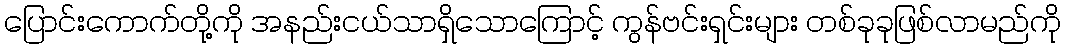
ပြောင်းကောက်တို့ကို အနည်းငယ်သာရှိသောကြောင့် ကွန်ဗင်းရှင်းများ တစ်ခုခုဖြစ်လာမည်ကို